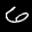
Label: 6